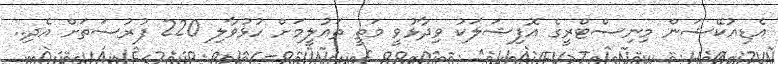
އެޑިއުކޭޝަން މިނިސްޓްރީގެ އޮފިޝަލަކު ވިދާޅުވީ މަތީ ތައުލީމަށް ހުޅުވާލި 220 ފުރުސަތަށް އެދި..